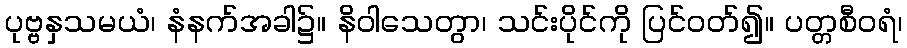
ပုဗ္ဗနှသမယံ၊ နံနက်အခါ၌။ နိဝါသေတွာ၊ သင်းပိုင်ကို ပြင်ဝတ်၍။ ပတ္တစီဝရံ၊